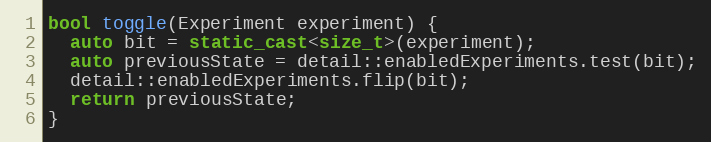
Language: C++
bool toggle(Experiment experiment) {
  auto bit = static_cast<size_t>(experiment);
  auto previousState = detail::enabledExperiments.test(bit);
  detail::enabledExperiments.flip(bit);
  return previousState;
}